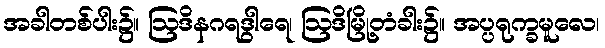
အခါတစ်ပါး၌။ ဩဒိနဂရဒွါရေ၊ ဩဒိမြို့တံခါး၌။ အပ္ပရုက္ခမူလေ၊